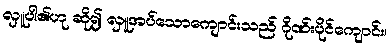
လှူပါ၏ဟု ဆို၍ လှူအပ်သောကျောင်းသည် ဂိုဏ်းပိုင်ကျောင်း၊